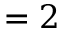
= 2